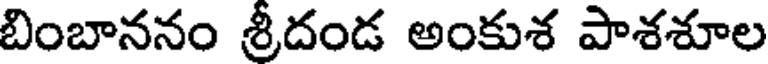
బింబాననం శ్రీదండ అంకుశ పాశశూల